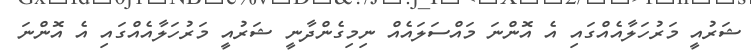
ޝަރުއީ މަރުހަލާއެއްގައި އެ އޮންނަ މައްސަަލައެއް ނިމިގެންދާނީ ޝަރުއީ މަރުހަލާއެއްގައި އެ އޮންނަ